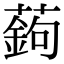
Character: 𦽋